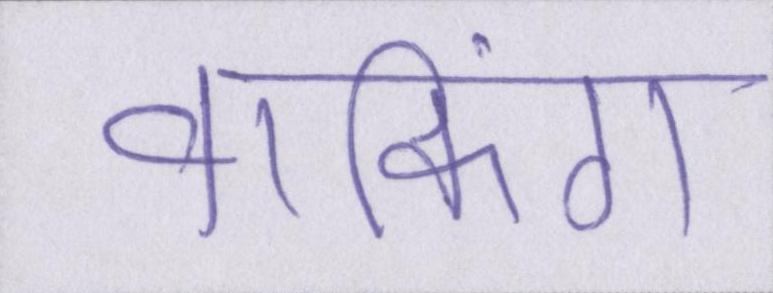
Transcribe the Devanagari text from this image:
वाकिंग